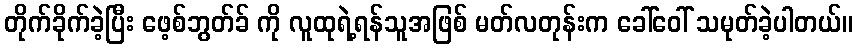
တိုက်ခိုက်ခဲ့ပြီး ဖေ့စ်ဘွတ်ခ် ကို လူထုရဲ့ရန်သူအဖြစ် မတ်လတုန်းက ခေါ်ဝေါ် သမုတ်ခဲ့ပါတယ်။